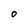
Character: O